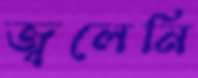
জ্বলেনি